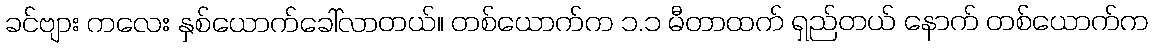
ခင်ဗျား ကလေး နှစ်ယောက်ခေါ်လာတယ်။ တစ်ယောက်က ၁.၁ မီတာထက် ရှည်တယ် နောက် တစ်ယောက်က